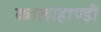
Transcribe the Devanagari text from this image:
कालाहाण्डी